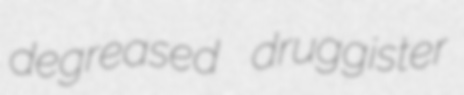
degreased druggister